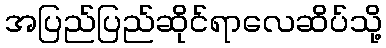
အပြည်ပြည်ဆိုင်ရာလေဆိပ်သို့